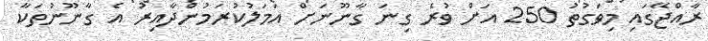
ރާއްޖޭގައި މިވަގުތު 250 އަށް ވުރެ ގިނަ ގާނޫނަށް އަމަލުކުރަމުންދާއިރު އެ ގާނޫނުތަކާ